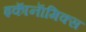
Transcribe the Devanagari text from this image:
इकाॅनाॅमिक्स